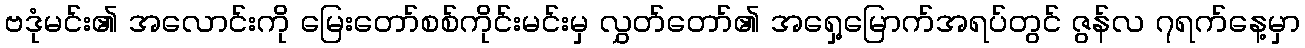
ဗဒုံမင်း၏ အလောင်းကို မြေးတော်စစ်ကိုင်းမင်းမှ လွှတ်တော်၏ အရှေ့မြောက်အရပ်တွင် ဇွန်လ ၇ရက်နေ့မှာ